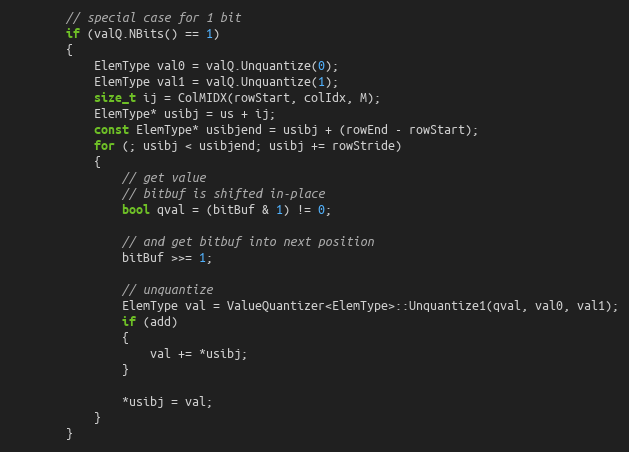
Language: C
        // special case for 1 bit
        if (valQ.NBits() == 1)
        {
            ElemType val0 = valQ.Unquantize(0);
            ElemType val1 = valQ.Unquantize(1);
            size_t ij = ColMIDX(rowStart, colIdx, M);
            ElemType* usibj = us + ij;
            const ElemType* usibjend = usibj + (rowEnd - rowStart);
            for (; usibj < usibjend; usibj += rowStride)
            {
                // get value
                // bitbuf is shifted in-place
                bool qval = (bitBuf & 1) != 0;

                // and get bitbuf into next position
                bitBuf >>= 1;

                // unquantize
                ElemType val = ValueQuantizer<ElemType>::Unquantize1(qval, val0, val1);
                if (add)
                {
                    val += *usibj;
                }

                *usibj = val;
            }
        }